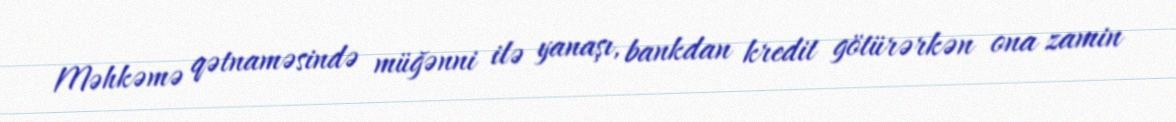
Məhkəmə qətnaməsində müğənni ilə yanaşı, bankdan kredit götürərkən ona zamin